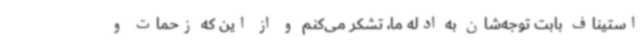
استیناف بابت توجه‌شان به ادله ما، تشکر می‌کنم و از این که زحمات و